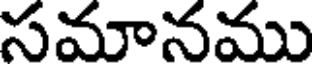
సమానము